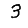
Digit: 3